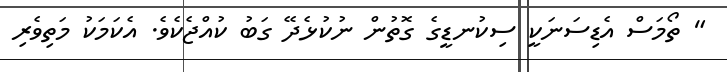
" ތޯމަސް އެޑިސަނަކީ ސިކުނޑީގެ ގޮތުން ނުކުޅެދޭ ގަބު ކުއްޖެކެވެ. އެކަމަކު މަތިވެރި